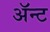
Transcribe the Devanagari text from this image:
ॲन्ट